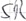
Text: SR